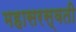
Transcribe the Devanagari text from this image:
महासरस्‍वती